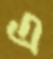
এ